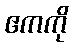
ဧကကို